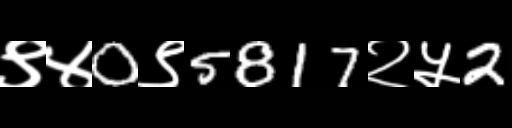
Text: ९४0९5817२५2